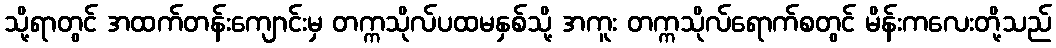
သို့ရာတွင် အထက်တန်းကျောင်းမှ တက္ကသိုလ်ပထမနှစ်သို့ အကူး တက္ကသိုလ်ရောက်စတွင် မိန်းကလေးတို့သည်